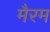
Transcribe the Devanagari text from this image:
मैरम